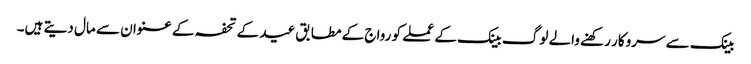
بینک سے سروکار رکھنے والے لوگ بینک کے عملے کو رواج کے مطابق عید کے تحفہ کے عنوان سے مال دیتے ہیں۔